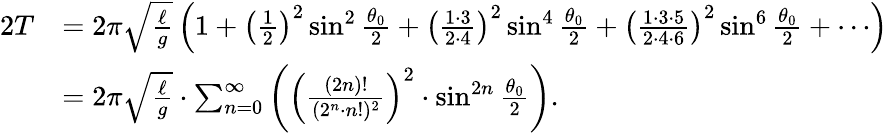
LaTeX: {\begin{array}{rl}{{2}T}&{=2\pi{\sqrt{\frac{\ell}{g}}}\left(1+\left({\frac{1}{2}}\right)^{2}\sin^{2}{\frac{\theta_{0}}{2}}+\left({\frac{1\cdot 3}{2\cdot 4}}\right)^{2}\sin^{4}{\frac{\theta_{0}}{2}}+\left({\frac{1\cdot 3\cdot 5}{2\cdot 4\cdot 6}}\right)^{2}\sin^{6}{\frac{\theta_{0}}{2}}+\cdots\right)}\\ &{=2\pi{\sqrt{\frac{\ell}{g}}}\cdot\sum_{n=0}^{\infty}\left(\left({\frac{(2n)!}{(2^{n}\cdot n!)^{2}}}\right)^{2}\cdot\sin^{2n}{\frac{\theta_{0}}{2}}\right).}\end{array}}